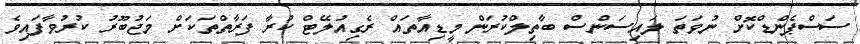
ސަސްޕެންޑްކޮށް ނުވަތަ ލައިސަންސް ބާތިލްކުރަން މީޑިއާތައް ރެގިއުލޭޓް ކުރާ ފަރާތްތަކަށް މަޖުބޫރު ކުރުވާފައިވެ